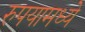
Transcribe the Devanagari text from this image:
रुपयामध्ये